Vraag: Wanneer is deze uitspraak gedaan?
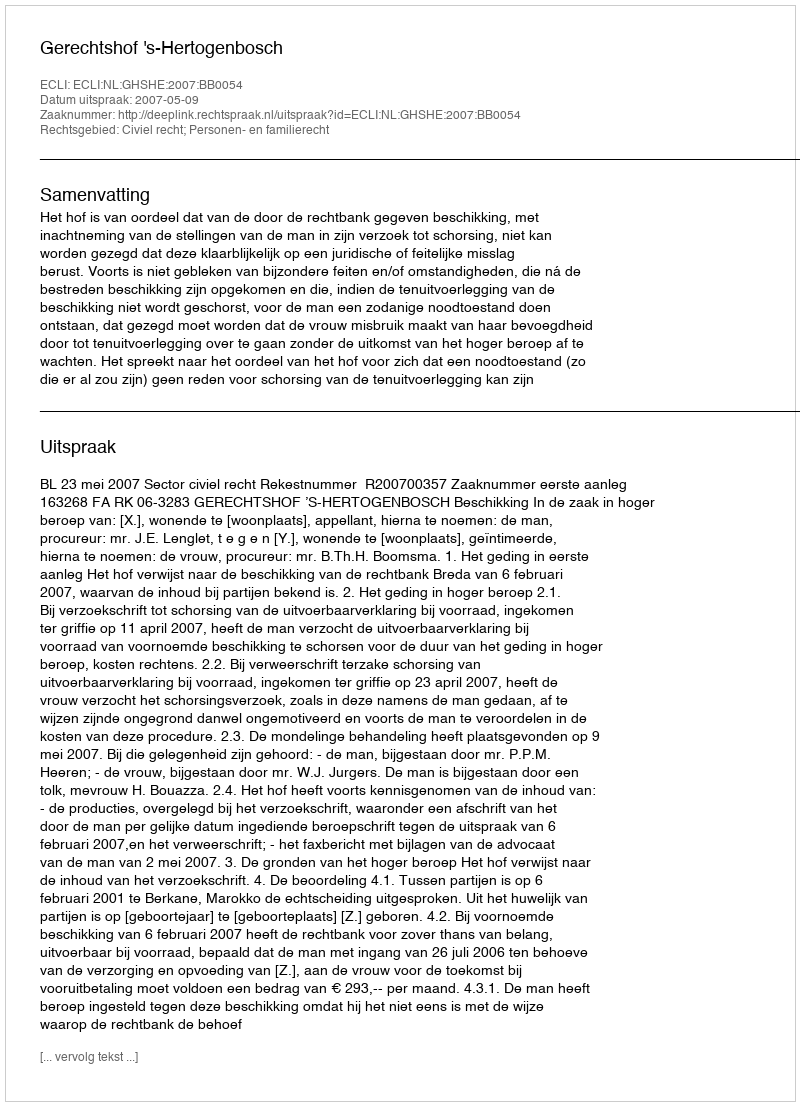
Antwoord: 2007-05-09